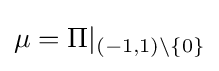
\mu =\Pi |_{(-1,1)\setminus \{0\}}